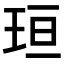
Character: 𪻘